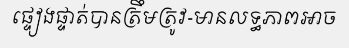
ផ្ទៀងផ្ទាត់បានត្រឹមត្រូវ-មានលទ្ធភាពអាច